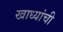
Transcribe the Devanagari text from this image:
खाध्यांची